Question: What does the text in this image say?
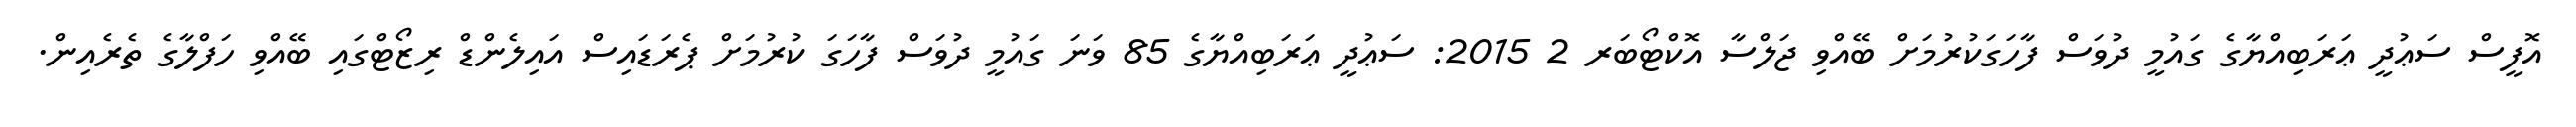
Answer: އޮފީސް ސަޢުދީ ޢަރަބިއްޔާގެ ގައުމީ ދުވަސް ފާހަގަކުރުމަށް ބޭއްވި ޖަލްސާ އޮކްޓޯބަރ 2 2015: ސަޢުދީ ޢަރަބިއްޔާގެ 85 ވަނަ ގައުމީ ދުވަސް ފާހަގަ ކުރުމަށް ޕެރަޑައިސް އައިލެންޑް ރިޒޯޓްގައި ބޭއްވި ހަފްލާގެ ތެރެއިން.